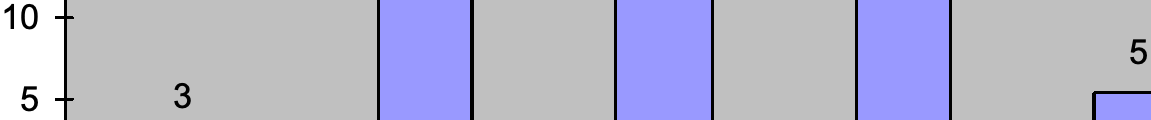
10 5 5    3